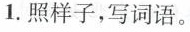
1.照样子，写词语。